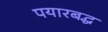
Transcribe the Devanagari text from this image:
पयारबद्ध